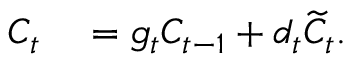
\begin{array} { r l } { C _ { t } } & { { } = g _ { t } C _ { t - 1 } + d _ { t } \widetilde { C } _ { t } . } \end{array}